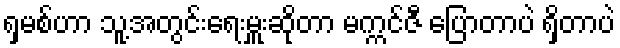
ရှမစ်ဟာ သူ့အတွင်းရေးမှူးဆိုတာ မက္ကင်ဇီ ပြောတာပဲ ရှိတာပဲ